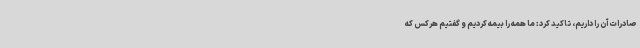
صادرات آن را داریم، تاکید کرد: ما همه را بیمه کردیم و گفتیم هرکس که